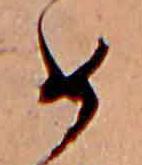
め